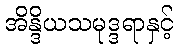
အိန္ဒိယသမုဒ္ဒရာနှင့်